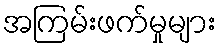
အကြမ်းဖက်မှုများ